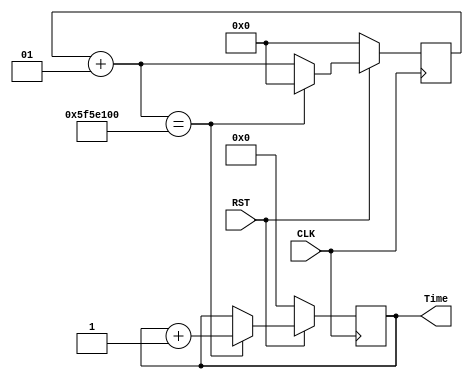
//----------- generate a second clock -------------------
//---------------- author : Dino ------------------------
module timeCounter(
	input CLK,
	input RST, 
	output reg [15: 0] Time
);
    integer counter=0;
    always @ (posedge CLK)
    begin
		if(!RST) begin 
			Time <= 0;
			counter <= 0;
		end
        else if((counter+1)==100000000)
        begin
            counter <= 0;
            Time <= Time+1;
        end
        else
            counter <= counter+1;
    end
endmodule